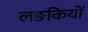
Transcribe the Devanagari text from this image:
लङकियों